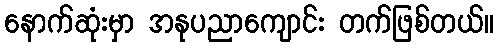
နောက်ဆုံးမှာ အနုပညာကျောင်း တက်ဖြစ်တယ်။